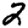
Digit: 2